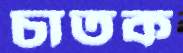
চাতক